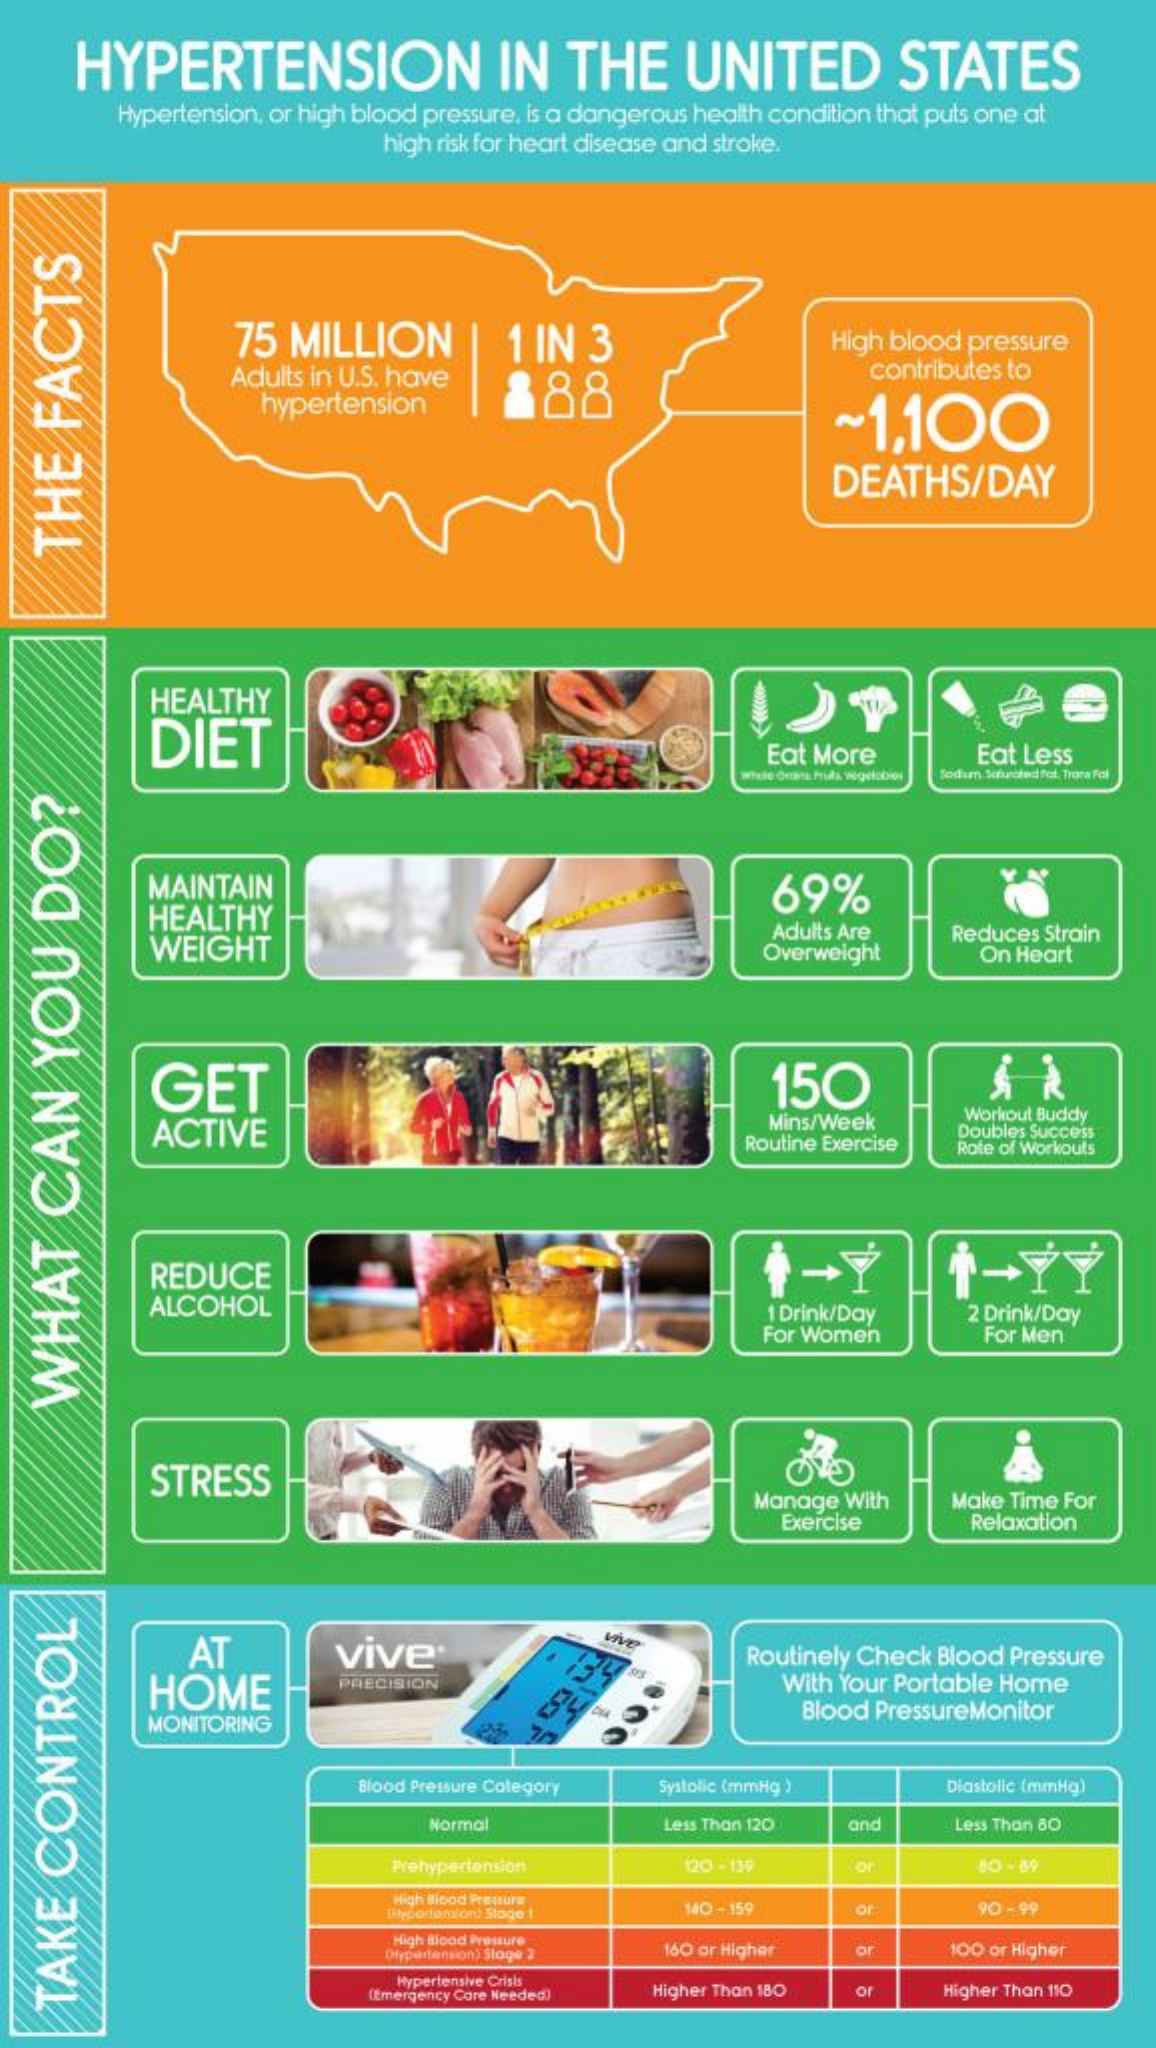
HYPERTENSION    IN    THE    UNITED    STATES
     Hypertension, or high blood pressure, is a dangerous health condition that puts one at
     high risk for heart disease and stroke.
     75  MILLION    1  IN  3    High blood pressure
     Adults in U.S. have   888
     contributes to
     hypertension    ~1,100
     DEATHS/DAY
   THE
   FACTS
     HEALTHY
     DIET    Eat More    Eat Less
     fodam Sobiedad fot. Trora fol
     MAINTAIN
     HEALTHY
     69%
     WEIGHT
     Adults Are
     Overweight
     Reduces Strain
     On Heart
     GET    150
     ACTIVE
     Mins/Week    Workout Buddy
     Routine Exercise
     Doubles Success
     Rote of Workouts
     REDUCE
     ALCOHOL    1 Drink/Day
     For Women
     2 Drink/Day
     For Men WHAT
   CAN
   YOU
   DO?
     STRESS
     Manage With    Make Time For
     Exercise    Relaxation
     AT
     vive
     Routinely Check Blood Pressure
     HOME
     vive
     PRECISION    With Your Portable Home
     MONITORING
     Blood PressureMonitor
     Blood Pressure Colegory Systolic (mmHg )    Diastolic (mmHg)
     Normal    Less Than 120 and    Less Than 80
     Prehypertension    120 - 139    of
     High Blood Pressure
     Ut coltorion) Sloge !  MO - 159    or    90 - 99
     High Blood Pressure
     Diypertansion) Stage 2 160 or Higher or    100 or Higher
     Hypertensive Crisis
     (Emergency Care Needed) Higher Than 180 or   Higher Than 110
   TAKE
   CONTROL